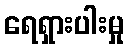
ရေရှားပါးမှု